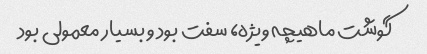
گوشت ماهیچه ویژه، سفت بود و بسیار معمولی بود